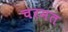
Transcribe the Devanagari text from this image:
चरमत